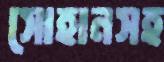
সোহানসহ